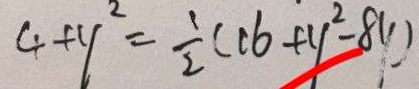
4 + y ^ { 2 } = \frac { 1 } { 2 } ( 1 6 + y ^ { 2 } - 8 y )